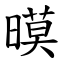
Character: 暯